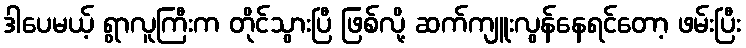
ဒါပေမယ့် ရွာလူကြီးက တိုင်သွားပြီ ဖြစ်လို့ ဆက်ကျူးလွန်နေရင်တော့ ဖမ်းပြီး